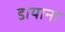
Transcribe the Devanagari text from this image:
डायाना